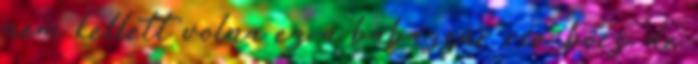
nem kellett volna ez a babazsúr rio: bocs, de